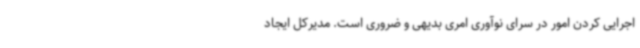
اجرایی کردن امور در سرای نوآوری امری بدیهی و ضروری است. مدیرکل ایجاد